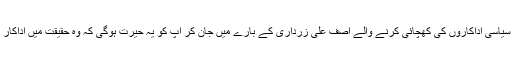
اپنی تقریروں میں سیاسی اداکاروں کی کھچائی کرنے والے آصف علی زرداری کے بارے میں جان کر آپ کو یہ حیرت ہوگی کہ وہ حقیقت میں اداکار بھی رہ چکے ہیں۔